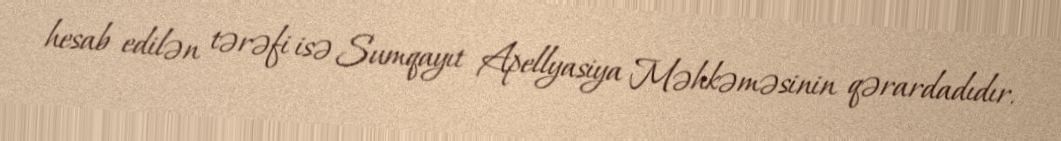
hesab edilən tərəfi isə Sumqayıt Apellyasiya Məhkəməsinin qərardadıdır.